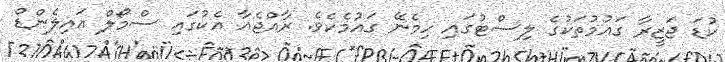
ކުޑަ ޖަޒީރާ ގައުމުތަކުގެ ލިސްޓުގައި ހިމެނޭ ގައުމެކެވެ. ރާއްޖެއާ އެކުގައި ސްމޯލް އައިލެންޑް